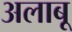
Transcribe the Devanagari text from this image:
अलाबू